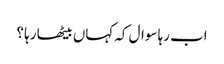
اب رہا سوال کہ کہاں بیٹھا رہا ؟